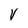
Character: V